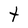
Character: t